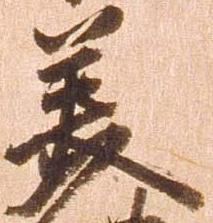
美